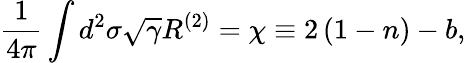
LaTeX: \frac{1}{4\pi}\int d^{2}\sigma\sqrt{\gamma}R^{(2)}=\chi\equiv 2\left(1-n\right)-b,